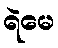
ရဲမေ